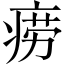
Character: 痨